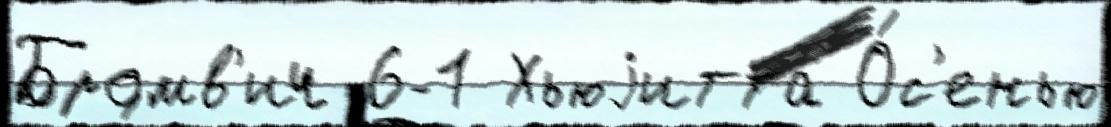
Бромв'ич 6-1 Хьюjитта О́с'енью